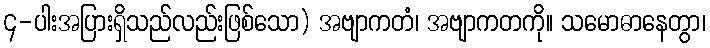
၄-ပါးအပြားရှိသည်လည်းဖြစ်သော) အဗျာကတံ၊ အဗျာကတကို။ သမောဓာနေတွာ၊